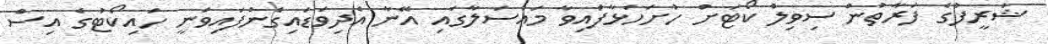
ޝަރީފުގެ ފަރާތުން ސިވިލް ކޯޓަށް ހުށަހަޅާފައިވާ މައްސަލާގައި އޭނާ އެދިވަޑައިގެންފައިވަނީ ހައިކޯޓުގެ އިސް